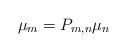
LaTeX: \begin{align*}\mu_{m}=P_{m,n}\mu_{n}\end{align*}